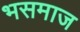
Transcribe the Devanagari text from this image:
भसमाज